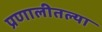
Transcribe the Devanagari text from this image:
प्रणालीतल्या